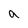
Character: q